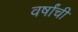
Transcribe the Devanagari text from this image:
वर्षांंची